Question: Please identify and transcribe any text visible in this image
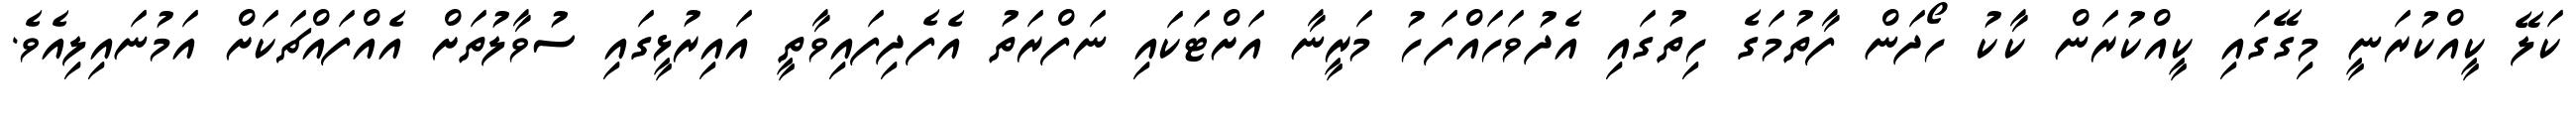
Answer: ކަލޭ ކީއްކުރަނީ މިގޭގައި ކީއްކުރަން ކާކު ހޯދަން ފާތުމަގެ ހިތުގައި އެދުވަހައްފަހު މަރީނާ އަށްޓަކައި ނަފްރަތު އެފެދިފައިވާތީ އައިރުޅީގައި ސުވާލުތަށް އެއްފައްޗަކަށް އަމުނައިލިއެވެ.